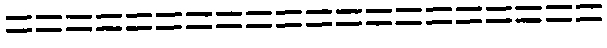
====================